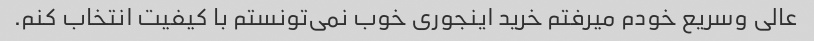
عالی و‌سریع خودم میرفتم خرید اینجوری خوب نمی‌تونستم با کیفیت انتخاب کنم.